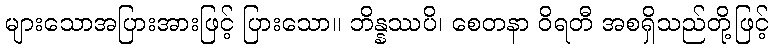
များသောအပြားအားဖြင့် ပြားသော။ ဘိန္နဿပိ၊ စေတနာ ဝိရတီ အစရှိသည်တို့ဖြင့်